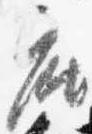
座